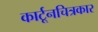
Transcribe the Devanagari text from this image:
कार्टूनचित्रकार